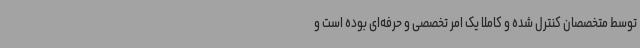
توسط متخصصان کنترل شده و کاملاً یک امر تخصصی و حرفه‌ای بوده است و